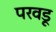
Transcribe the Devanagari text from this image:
परवडू